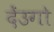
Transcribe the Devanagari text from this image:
देंउगो